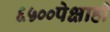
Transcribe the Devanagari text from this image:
६५००पेक्षाही